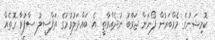
ކޮމިޝަނުގެ މެމްބަރުން ފޯނަށް ޖަވާބު ނުދެއްވާތީ އެ ބައްދަލުވުމުގެ ތަފްސީލު ސާފުވާ ގޮތެއް